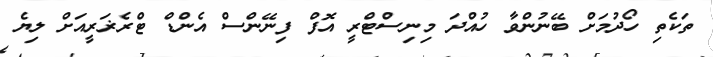
ތަކެތި ހޯދުމަށް ބޭނުންވާ ހުއްދަ މިނިސްޓްރީ އޮފް ފިނޭންސް އެންޑް ޓްރެޜަރީއަށް ލިޔެ